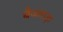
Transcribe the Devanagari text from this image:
बैजवाड़ा